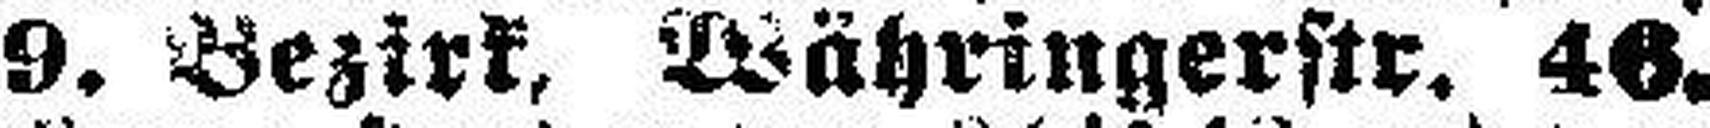
9. Bezirk, Währingerstr. 46.